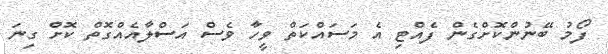
ފޯމު ބޭނުންކޮށްގެން ފެއްޓި އެ މަސައްކަތް ވީހާ ވެސް އަސްލާއެއްގޮތް ކޮށް ގިނަ